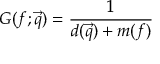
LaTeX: G ( f ; \vec { q } ) = \frac { 1 } { d ( \vec { q } ) + m ( f ) }